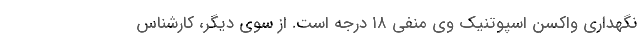
نگهداری واکسن اسپوتنیک وی منفی ۱۸ درجه است. از سوی دیگر، کارشناس